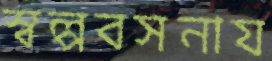
স্বল্পবসনায